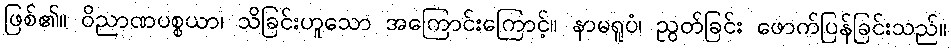
ဖြစ်၏။ ဝိညာဏပစ္စယာ၊ သိခြင်းဟူသော အကြောင်းကြောင့်။ နာမရူပံ၊ ညွတ်ခြင်း ဖောက်ပြန်ခြင်းသည်။